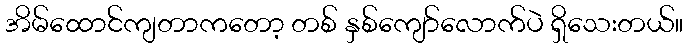
အိမ်ထောင်ကျတာကတော့ တစ် နှစ်ကျော်လောက်ပဲ ရှိသေးတယ်။